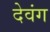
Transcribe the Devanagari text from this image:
देवंग